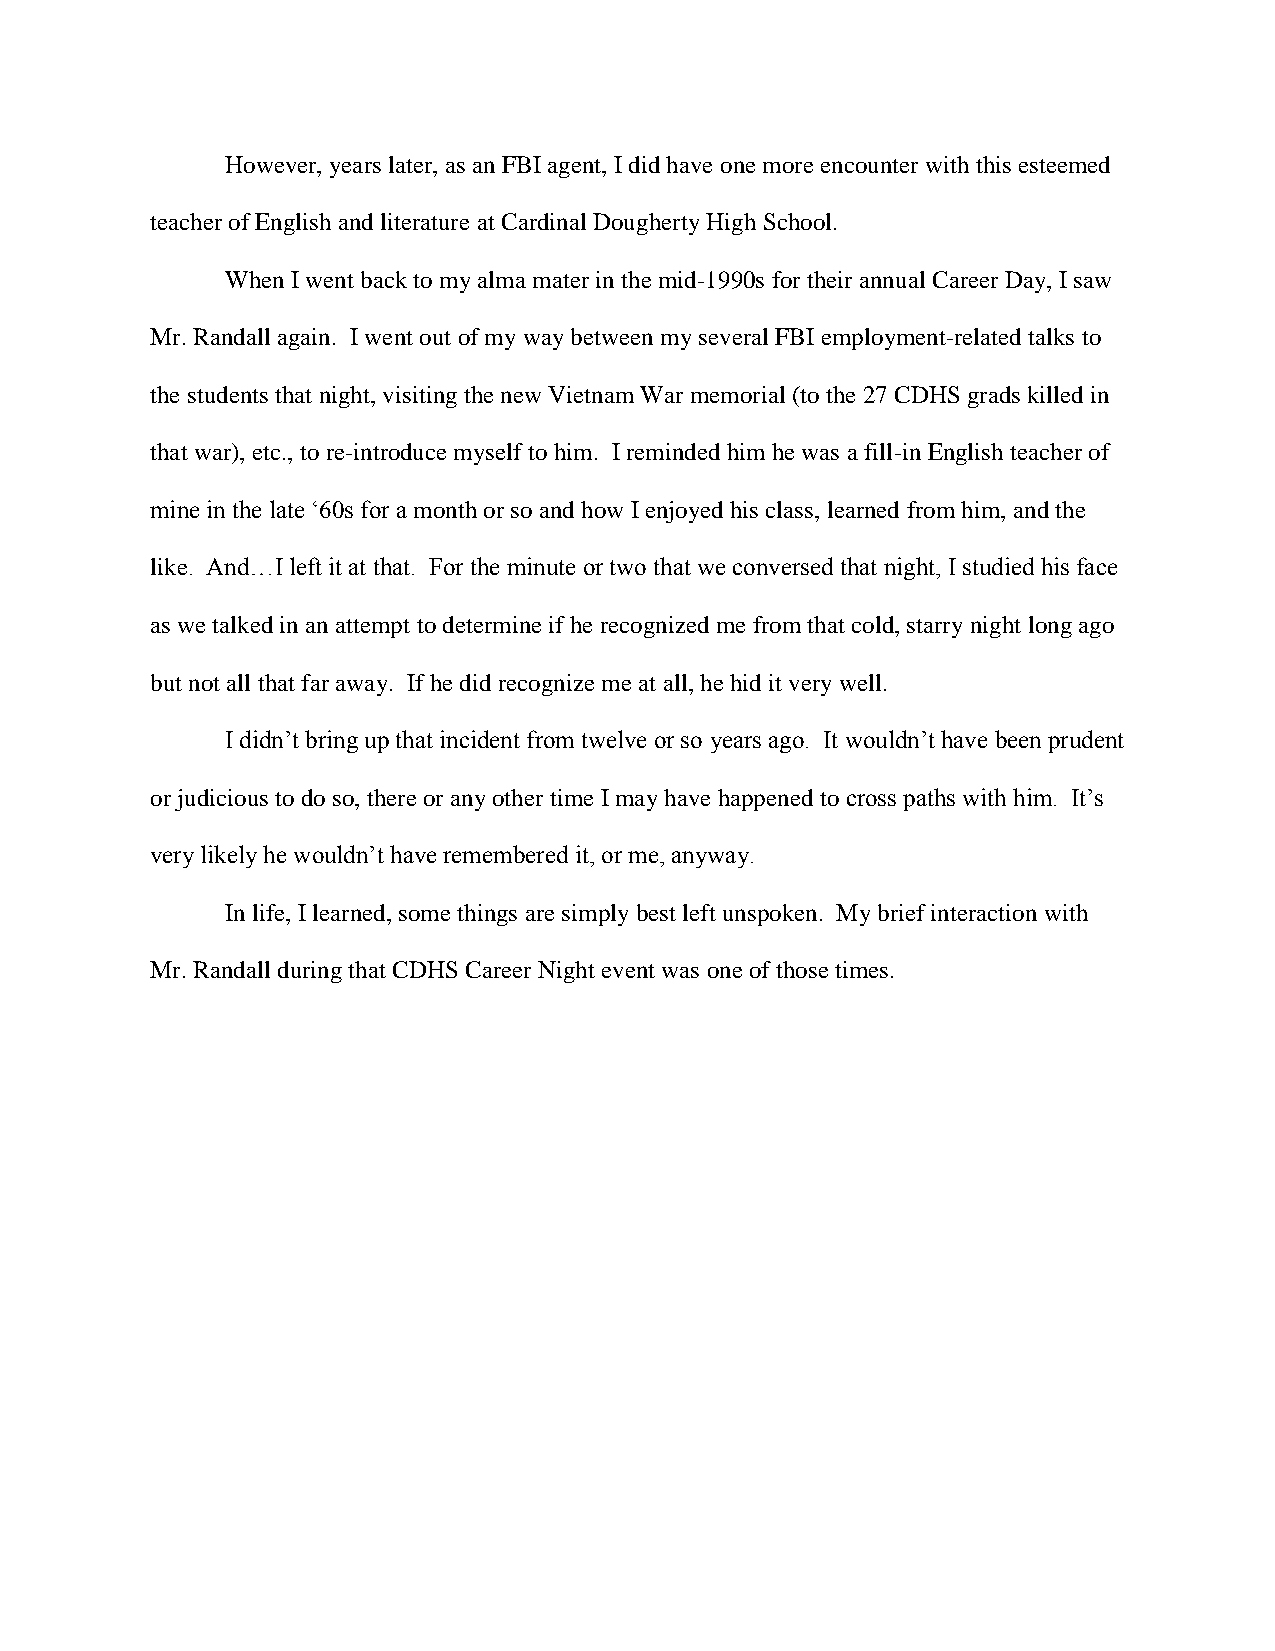
However, years later, as an FBI agent, I did have one more encounter with this esteemed
 teacher of English and literature at Cardinal Dougherty High School.
 When I went back to my alma mater in the mid-1990s for their annual Career Day, I saw
 Mr. Randall again. I went out of my way between my several FBI employment-related talks to
 the students that night, visiting the new Vietnam War memorial (to the 27 CDHS grads killed in
 that war), etc., to re-introduce myself to him. I reminded him he was a fill-in English teacher of
 mine in the late ‘60s for a month or so and how I enjoyed his class, learned from him, and the
 like. And…I left it at that. For the minute or two that we conversed that night, I studied his face
 as we talked in an attempt to determine if he recognized me from that cold, starry night long ago
 but not all that far away. If he did recognize me at all, he hid it very well.
 I didn’t bring up that incident from twelve or so years ago. It wouldn’t have been prudent
 or judicious to do so, there or any other time I may have happened to cross paths with him. It’s
 very likely he wouldn’t have remembered it, or me, anyway.
 In life, I learned, some things are simply best left unspoken. My brief interaction with
 Mr. Randall during that CDHS Career Night event was one of those times.